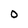
Character: 0